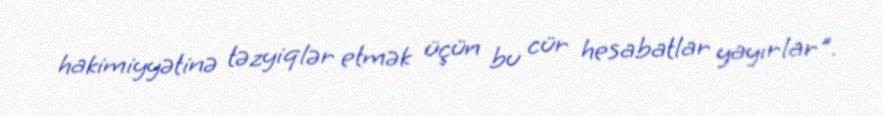
hakimiyyətinə təzyiqlər etmək üçün bu cür hesabatlar yayırlar".